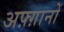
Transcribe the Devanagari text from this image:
अफ़्ग़ानों